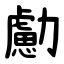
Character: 勴